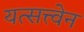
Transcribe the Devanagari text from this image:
यत्सत्त्वेन